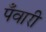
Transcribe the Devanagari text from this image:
पँवारी